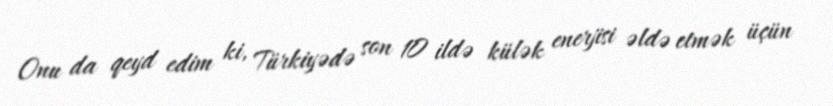
Onu da qeyd edim ki, Türkiyədə son 10 ildə külək enerjisi əldə etmək üçün